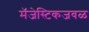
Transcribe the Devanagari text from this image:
मॅजेस्टिकजवळ